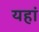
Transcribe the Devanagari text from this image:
यहांं